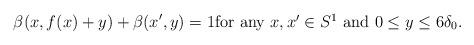
LaTeX: \begin{align*}\beta(x,f(x)+y)+\beta(x',y)=1\mbox{for any $x,x'\in S^1$ and $0\le y\le 6\delta_0$.}\end{align*}